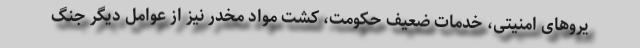
یروهای امنیتی، خدمات ضعیف حکومت، کشت مواد مخدر نیز از عوامل دیگر جنگ